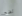
نضج